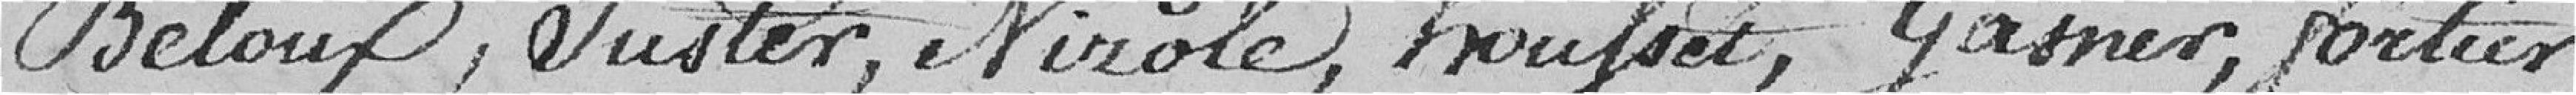
Beloux, Juster, Nirole, Houfset, Gasner, Fortier,